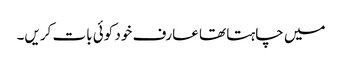
میں چاہتا تھا عارف خود کوئی بات کریں۔